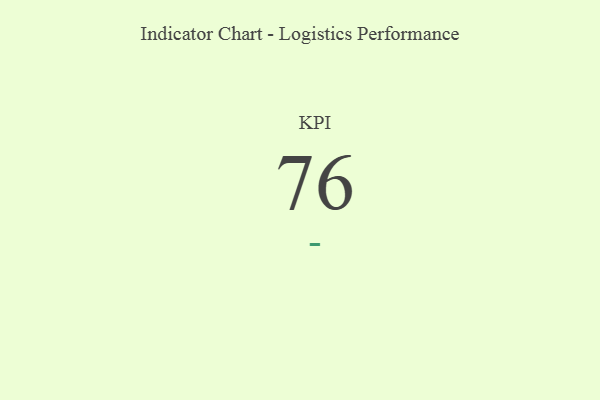
{"axis": {"x": "KPI", "y": "Value"}, "legend": [""], "data": [{"x": "KPI", "y": 76, "type": ""}]}